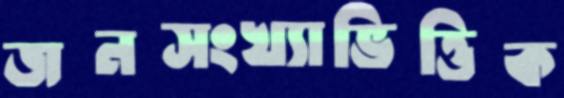
জনসংখ্যাভিত্তিক